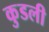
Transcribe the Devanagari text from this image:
कुडली